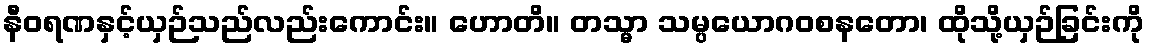
နီဝရဏနှင့်ယှဉ်သည်လည်းကောင်း။ ဟောတိ။ တသ္မာ သမ္ပယောဂဝစနတော၊ ထိုသို့ယှဉ်ခြင်းကို